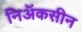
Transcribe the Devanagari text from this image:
निॲकसीन